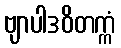
ဗျာပါဒဝိတက္ကံ